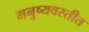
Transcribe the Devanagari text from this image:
मनुष्यवस्तीत